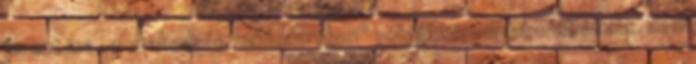
ha ezt ma „a szabadság rendszerében” sokféleképpen akadályozzák. Nem